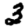
Digit: 3